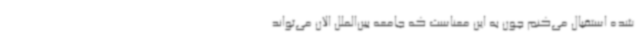
شده استقبال می‌کنم چون به این معناست که جامعه بین‌الملل الان می‌تواند